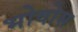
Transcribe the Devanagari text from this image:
भोवोस